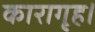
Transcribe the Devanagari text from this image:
कारागृह।